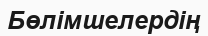
Бөлімшелердің